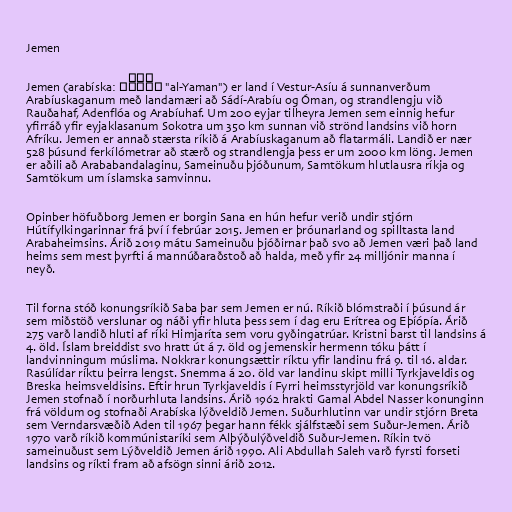
Jemen

Jemen (arabíska: ٱلْيَمَن‎ "al-Yaman") er land í Vestur-Asíu á sunnanverðum
Arabíuskaganum með landamæri að Sádí-Arabíu og Óman, og strandlengju við
Rauðahaf, Adenflóa og Arabíuhaf. Um 200 eyjar tilheyra Jemen sem einnig hefur
yfirráð yfir eyjaklasanum Sokotra um 350 km sunnan við strönd landsins við horn
Afríku. Jemen er annað stærsta ríkið á Arabíuskaganum að flatarmáli. Landið er nær
528 þúsund ferkílómetrar að stærð og strandlengja þess er um 2000 km löng. Jemen
er aðili að Arababandalaginu, Sameinuðu þjóðunum, Samtökum hlutlausra ríkja og
Samtökum um íslamska samvinnu.

Opinber höfuðborg Jemen er borgin Sana en hún hefur verið undir stjórn
Hútífylkingarinnar frá því í febrúar 2015. Jemen er þróunarland og spilltasta land
Arabaheimsins. Árið 2019 mátu Sameinuðu þjóðirnar það svo að Jemen væri það land
heims sem mest þyrfti á mannúðaraðstoð að halda, með yfir 24 milljónir manna í
neyð.

Til forna stóð konungsríkið Saba þar sem Jemen er nú. Ríkið blómstraði í þúsund ár
sem miðstöð verslunar og náði yfir hluta þess sem í dag eru Erítrea og Eþíópía. Árið
275 varð landið hluti af ríki Himjaríta sem voru gyðingatrúar. Kristni barst til landsins á
4. öld. Íslam breiddist svo hratt út á 7. öld og jemenskir hermenn tóku þátt í
landvinningum múslima. Nokkrar konungsættir ríktu yfir landinu frá 9. til 16. aldar.
Rasúlídar ríktu þeirra lengst. Snemma á 20. öld var landinu skipt milli Tyrkjaveldis og
Breska heimsveldisins. Eftir hrun Tyrkjaveldis í Fyrri heimsstyrjöld var konungsríkið
Jemen stofnað í norðurhluta landsins. Árið 1962 hrakti Gamal Abdel Nasser konunginn
frá völdum og stofnaði Arabíska lýðveldið Jemen. Suðurhlutinn var undir stjórn Breta
sem Verndarsvæðið Aden til 1967 þegar hann fékk sjálfstæði sem Suður-Jemen. Árið
1970 varð ríkið kommúnistaríki sem Alþýðulýðveldið Suður-Jemen. Ríkin tvö
sameinuðust sem Lýðveldið Jemen árið 1990. Ali Abdullah Saleh varð fyrsti forseti
landsins og ríkti fram að afsögn sinni árið 2012.